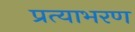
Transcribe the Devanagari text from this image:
प्रत्याभरण